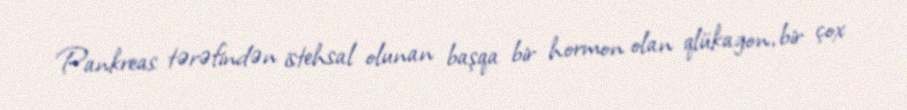
Pankreas tərəfindən istehsal olunan başqa bir hormon olan qlükagon, bir çox